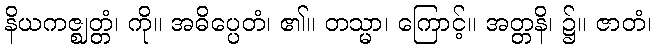
နိယကဇ္ဈတ္တံ၊ ကို။ အဓိပ္ပေတံ၊ ၏။ တသ္မာ၊ ကြောင့်။ အတ္တနိ၊ ၌။ ဇာတံ၊